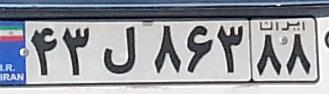
۴۳ل۸۶۳۸۸